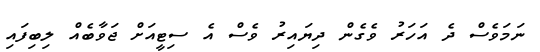
ނަމަވެސް ދެ އަހަރު ވެގެން ދިޔައިރު ވެސް އެ ސިޓީއަށް ޖަވާބެއް ލިބިފައި